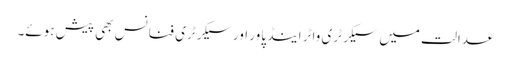
عدالت میں سیکرٹری واٹر اینڈ پاور اور سیکرٹری فنانس بھی پیش ہوئے۔